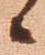
候